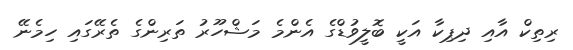
ރިތިކް އާއި ދިޕިކާ އަކީ ބޮލީވުޑްގެ އެންމެ މަޝްހޫރު ތަރިންގެ ތެރޭގައި ހިމެނޭ